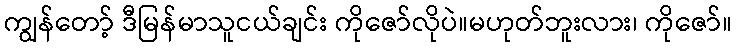
ကျွန်တော့် ဒီမြန်မာသူငယ်ချင်း ကိုဇော်လိုပဲ။မဟုတ်ဘူးလား၊ ကိုဇော်။